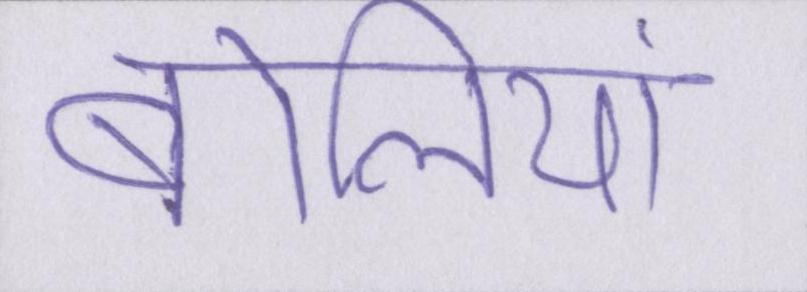
बोलियां